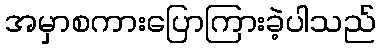
အမှာစကားပြောကြားခဲ့ပါသည်